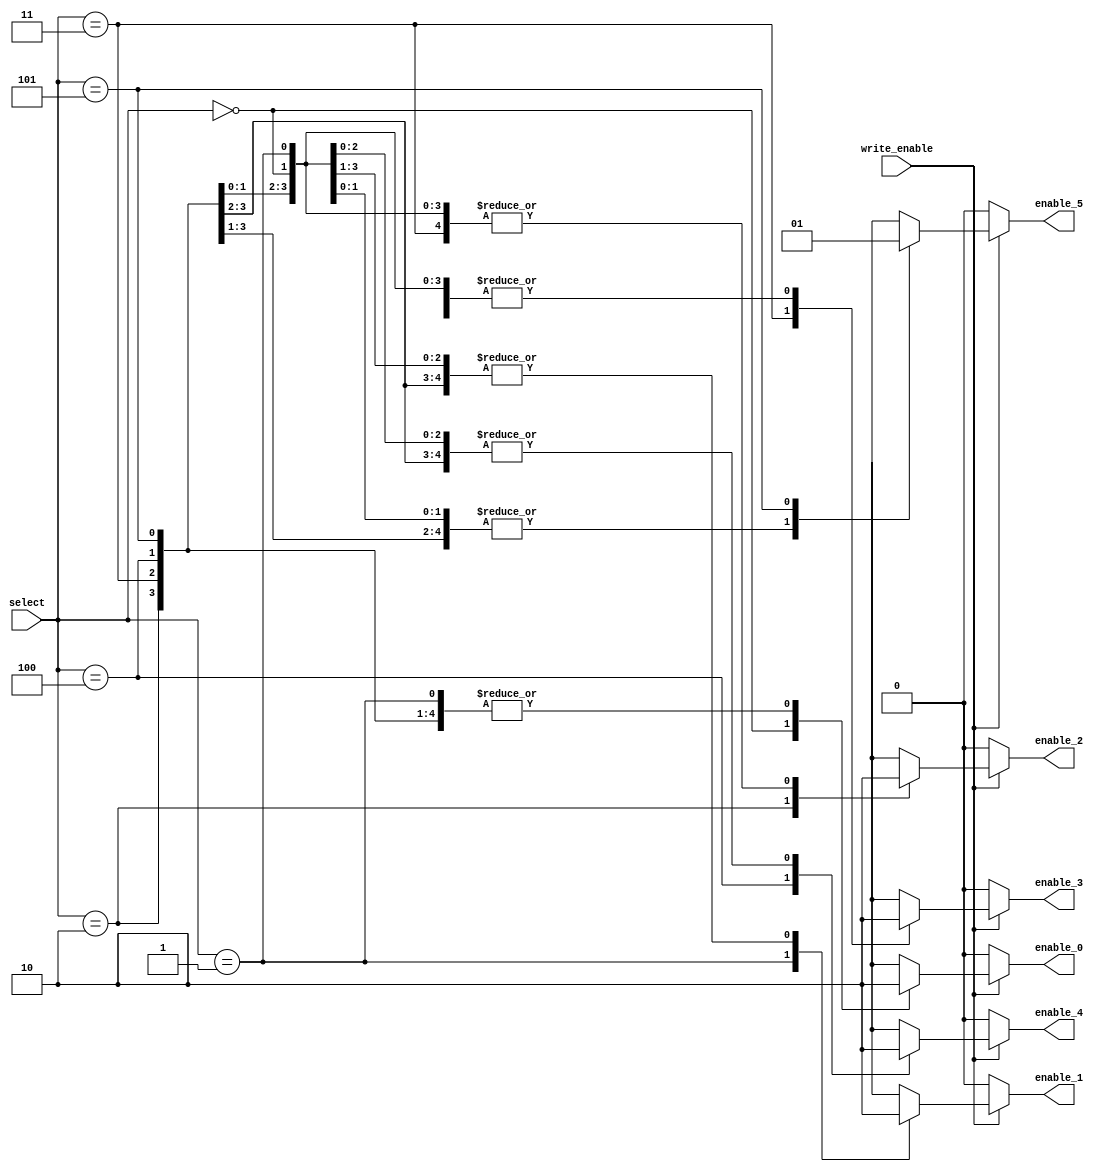
`timescale 1ns / 1ps
//////////////////////////////////////////////////////////////////////////////////
// Company: 
// Engineer: 
// 
// Design Name: 
// Module Name:    decoder 
// Project Name: 
// Target Devices: 
// Tool versions: 
// Description: 
//
// Dependencies: 
//
// Revision: 
// Revision 0.01 - File Created
// Additional Comments: 
//
//////////////////////////////////////////////////////////////////////////////////
module decoder(
	input wire write_enable,
	input wire [2:0] select,
	
	output reg enable_0,
	output reg enable_1,
	output reg enable_2,
	output reg enable_3,
	output reg enable_4,
	output reg enable_5
    );
	
	always @(write_enable, select)
	begin
		if (write_enable==1)
		begin
			case(select)
				0:				begin
									enable_0 = 1;
									enable_1 = 0;
									enable_2 = 0;
									enable_3 = 0;
									enable_4 = 0;
									enable_5 = 0;
								end
				1:				begin
									enable_0 = 0;
									enable_1 = 1;
									enable_2 = 0;
									enable_3 = 0;
									enable_4 = 0;
									enable_5 = 0;
								end				
				2:				begin
									enable_0 = 0;
									enable_1 = 0;
									enable_2 = 1;
									enable_3 = 0;
									enable_4 = 0;
									enable_5 = 0;
								end				
				3:				begin
									enable_0 = 0;
									enable_1 = 0;
									enable_2 = 0;
									enable_3 = 1;
									enable_4 = 0;
									enable_5 = 0;
								end			
				4:				begin
									enable_0 = 0;
									enable_1 = 0;
									enable_2 = 0;
									enable_3 = 0;
									enable_4 = 1;
									enable_5 = 0;
								end
				5:				begin
									enable_0 = 0;
									enable_1 = 0;
									enable_2 = 0;
									enable_3 = 0;
									enable_4 = 0;
									enable_5 = 1;
								end
				default:		begin
									enable_0 = 1'bx;
									enable_1 = 1'bx;
									enable_2 = 1'bx;
									enable_3 = 1'bx;
									enable_4 = 1'bx;
									enable_5 = 1'bx;
								end
			endcase
		end
		
		else
		begin
			enable_0 = 0;
			enable_1 = 0;
			enable_2 = 0;
			enable_3 = 0;
			enable_4 = 0;
			enable_5 = 0;
		end
	end

endmodule